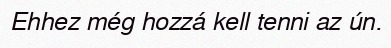
Ehhez még hozzá kell tenni az ún.